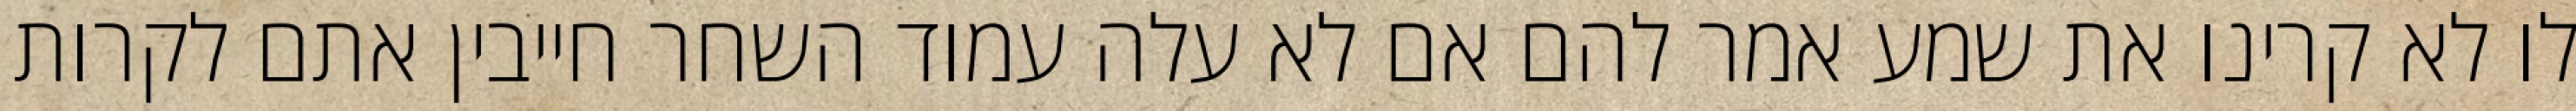
לו לא קרינו את שמע אמר להם אם לא עלה עמוד השחר חייבין אתם לקרות